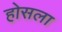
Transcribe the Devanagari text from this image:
होसला